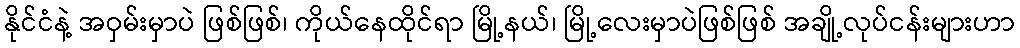
နိုင်ငံနဲ့ အဝှမ်းမှာပဲ ဖြစ်ဖြစ်၊ ကိုယ်နေထိုင်ရာ မြို့နယ်၊ မြို့လေးမှာပဲဖြစ်ဖြစ် အချို့လုပ်ငန်းများဟာ